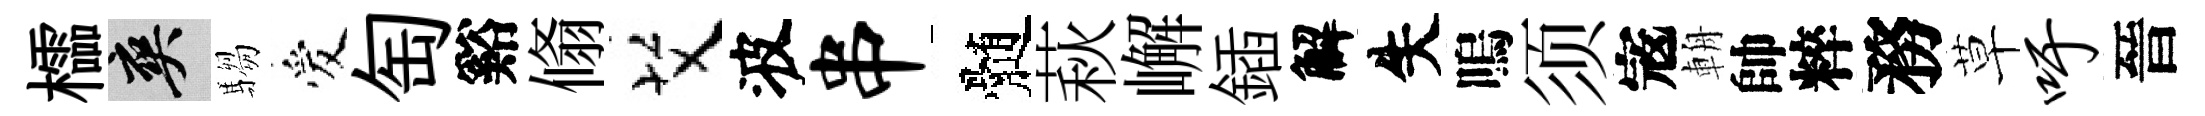
櫺爽騶爱匋谿翛艾波串髄萩嶰鍤解失嗚须𡨥輈帥粹務草吁晉